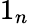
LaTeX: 1_{n}